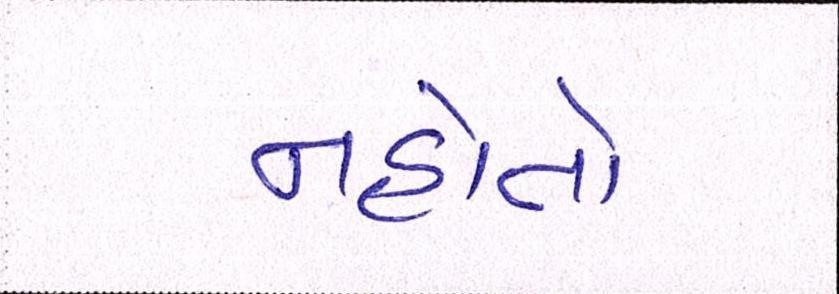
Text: નહોતો